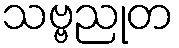
သဗ္ဗညုတ